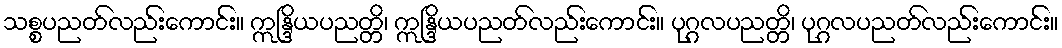
သစ္စပညတ်လည်းကောင်း။ ဣန္ဒြိယပညတ္တိ၊ ဣန္ဒြိယပညတ်လည်းကောင်း။ ပုဂ္ဂလပညတ္တိ၊ ပုဂ္ဂလပညတ်လည်းကောင်း။